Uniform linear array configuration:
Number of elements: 64
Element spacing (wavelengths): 0.25
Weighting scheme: hann
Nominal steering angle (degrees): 15
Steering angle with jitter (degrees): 15.589
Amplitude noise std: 0.05
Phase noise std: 0.05

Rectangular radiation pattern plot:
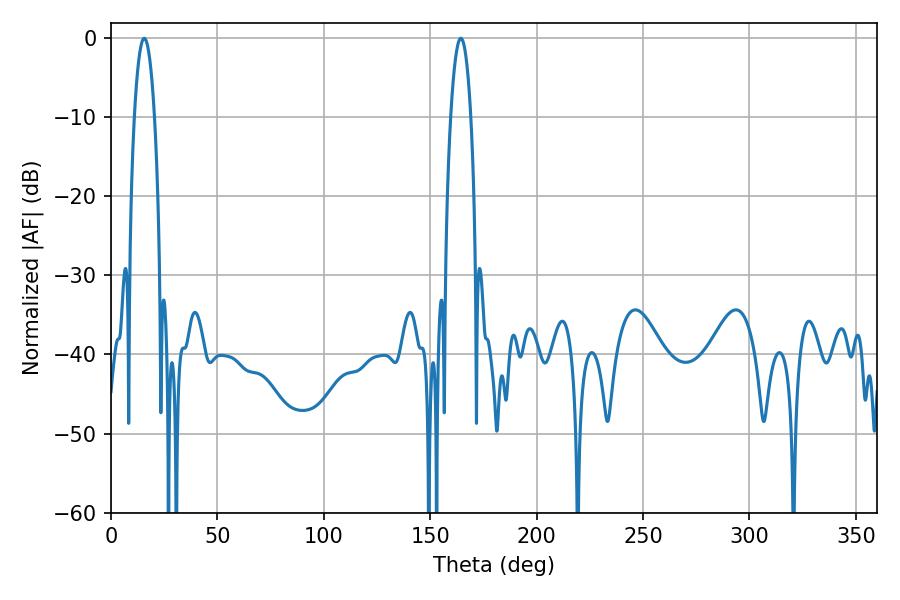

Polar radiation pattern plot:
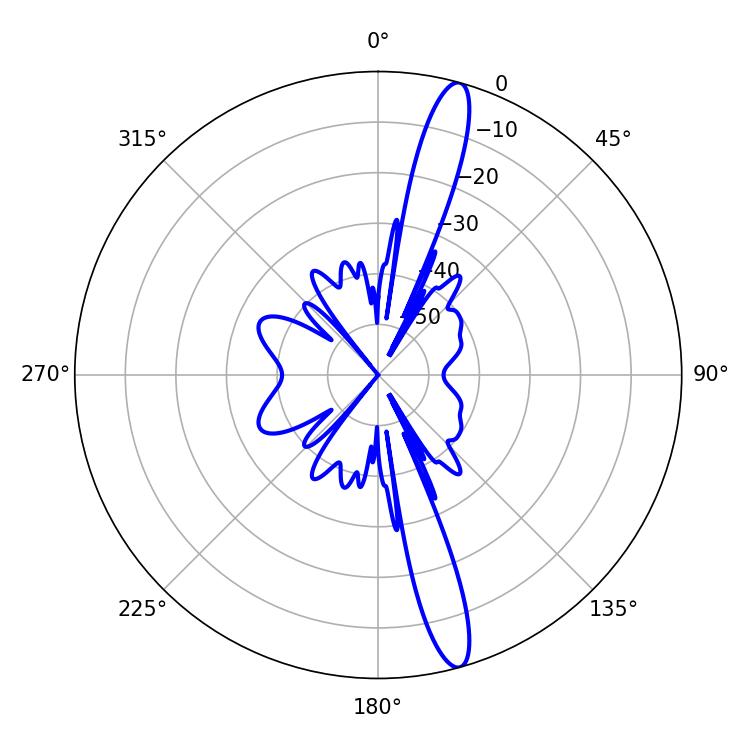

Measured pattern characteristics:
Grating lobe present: FALSE
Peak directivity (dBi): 15.761
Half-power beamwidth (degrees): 5.22
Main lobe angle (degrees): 15.66